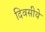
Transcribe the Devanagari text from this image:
दिवसीये